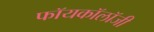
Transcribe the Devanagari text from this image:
फॉयकॉलॉजी